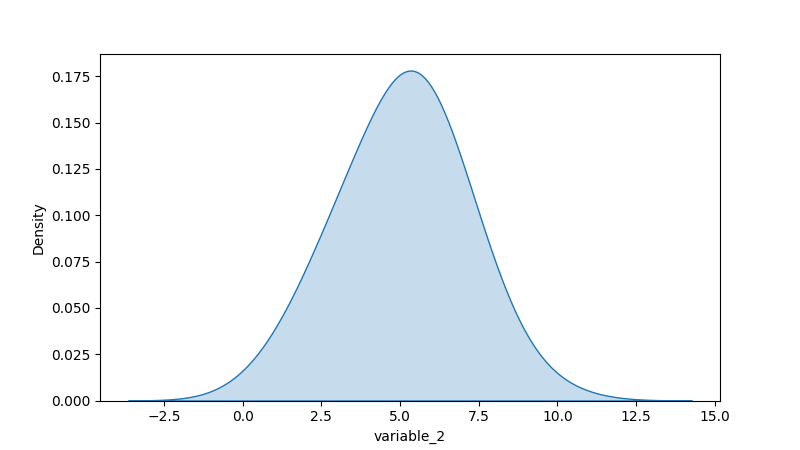
python, seaborn, kdeplot, hue='None', fill=True, bw_adjust=2.0